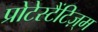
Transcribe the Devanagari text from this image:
प्रोटेस्टैंटिज़्म